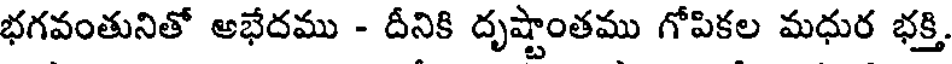
భగవంతునితో అభేదము - దీనికి దృష్టాంతము గోపికల మధుర భక్తి.